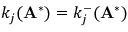
k _ { j } ( \mathbf { A } ^ { * } ) = k _ { j } ^ { - } ( \mathbf { A } ^ { * } )